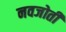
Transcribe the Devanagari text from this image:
नवजोती